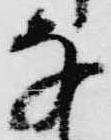
な